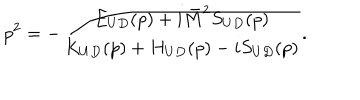
p ^ { 2 } = - \frac { E _ { U D } ( p ) + i \bar { M } ^ { 2 } S _ { U D } ( p ) } { K _ { U D } ( p ) + H _ { U D } ( p ) - i S _ { U D } ( p ) } .